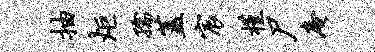
抽炬孺盖宸槿尸庵